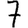
Digit: 7